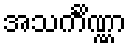
အသင်္ကိဏ္ဏာ